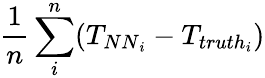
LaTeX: \frac{1}{n}\sum_{i}^{n}(T_{{NN}_{i}}-T_{{truth}_{i}})